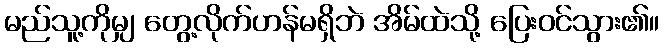
မည်သူ့ကိုမျှ တွေ့လိုက်ဟန်မရှိဘဲ အိမ်ထဲသို့ ပြေးဝင်သွား၏။